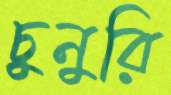
চুনুরি